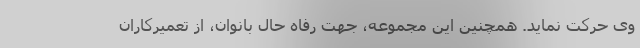
وی حرکت نماید. همچنین این مجموعه، جهت رفاه حال بانوان، از تعمیرکاران